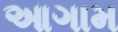
આગામ